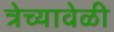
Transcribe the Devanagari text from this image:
त्रेच्यावेळी